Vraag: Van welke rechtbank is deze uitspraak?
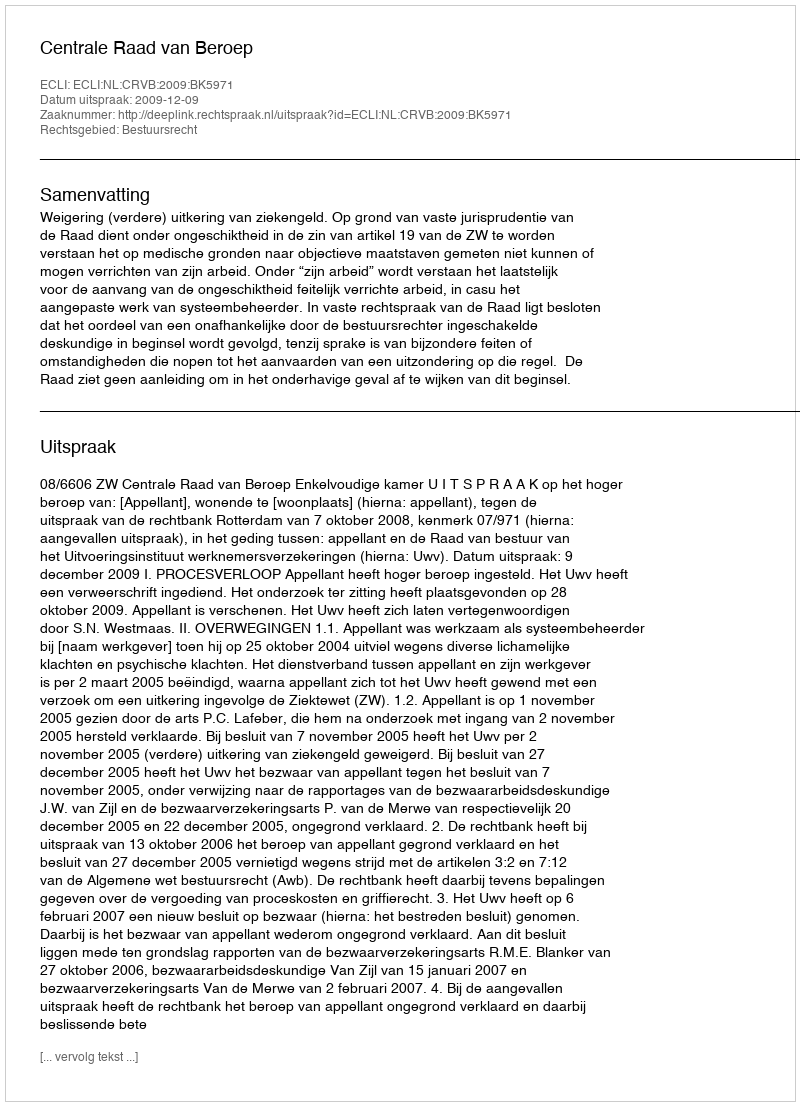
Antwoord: Centrale Raad van Beroep